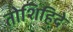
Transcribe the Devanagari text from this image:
तोशिहिदे